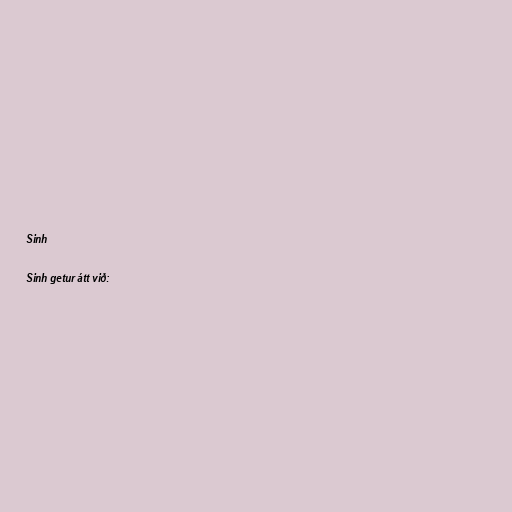
Sinh

Sinh getur átt við: